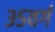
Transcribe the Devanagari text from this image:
३५वर्ग